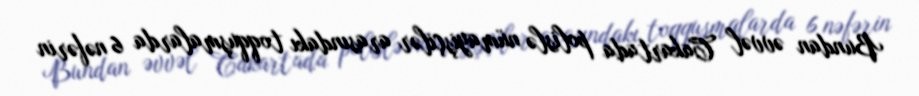
Bundan əvvəl Cakartada polislə nümayişçilər arasındakı toqquşmalarda 6 nəfərin